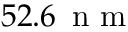
5 2 . 6 \, \mathrm { ~ n ~ m ~ }